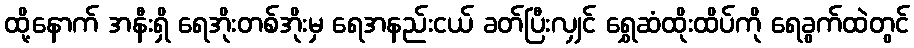
ထို့နောက် အနီးရှိ ရေအိုးတစ်အိုးမှ ရေအနည်းငယ် ခတ်ပြီးလျှင် ရွှေဆံထိုးထိပ်ကို ရေခွက်ထဲတွင်